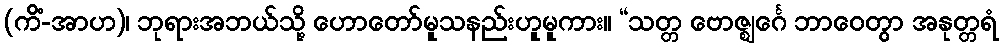
(ကိံ-အာဟ)၊ ဘုရားအဘယ်သို့ ဟောတော်မူသနည်းဟူမူကား။ “သတ္တ ဗောဇ္ဈင်္ဂေ ဘာဝေတွာ အနုတ္တရံ